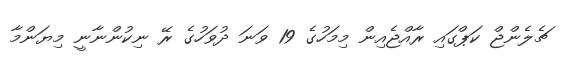
ޗެލެންޖް ކަޕްގައި ރާއްޖެއިން މިމަހުގެ 19 ވަނަ ދުވަހުގެ ރޭ ނިކުންނާނީ މިޔަންމާ